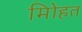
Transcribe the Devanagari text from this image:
मोिहत